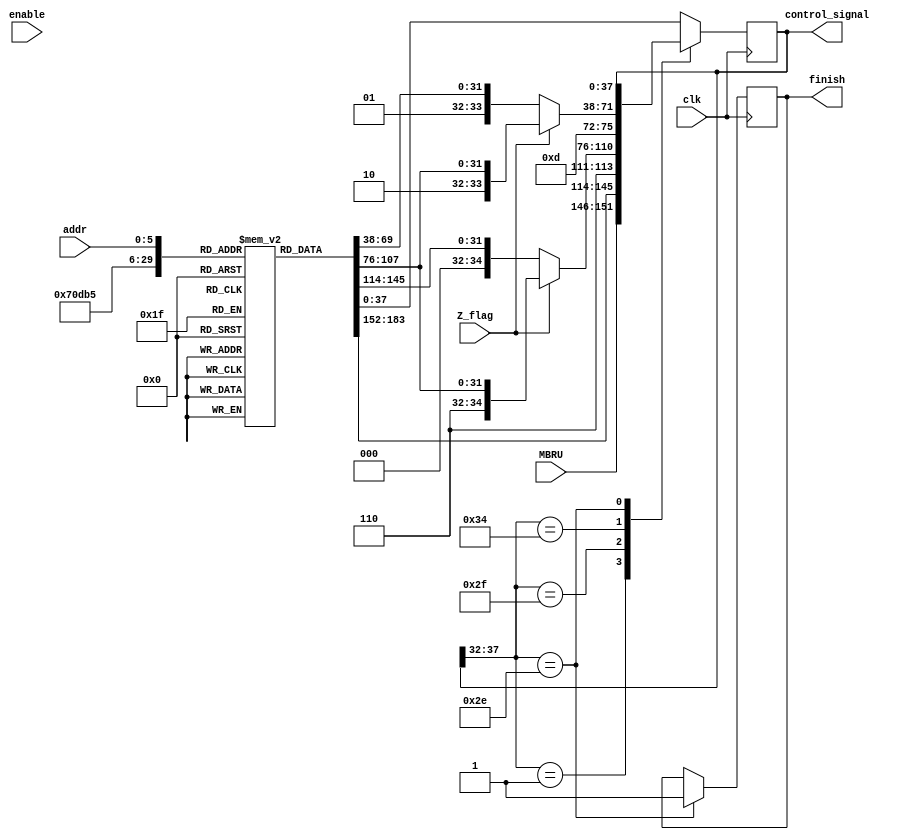
`timescale 1ns / 1ps
module control_unit(
	input clk,
	input enable,
	input Z_flag,
	input [5:0] addr,
	input [5:0] MBRU,
	output reg [37:0] control_signal,
	output finish
);

reg start = 1'b0;

reg [37:0] ROM[0:65];

reg check = 1'b0;


assign finish = check ;

// parameters
parameter FETCH2 = 6'd1;

parameter JUMPNZ = 6'd47;
parameter JUMPZ = 6'd52;

parameter JMPNZ1 = 6'd48;
parameter JMPNZY1 = 6'd49;

parameter JMPZN1 = 6'd53;
parameter JMPZY1 = 6'd54;
parameter JMPZY2 = 6'd55;

parameter NOP = 6'd46;


initial
	begin
		control_signal =38'b000000_0000_0000000000000000000_000_0_00000;
	end


always@ ( posedge enable )
	start = 1'b1;

always@(posedge clk)
	begin
		case(control_signal[37:32])
		FETCH2:
			begin
			control_signal = {MBRU, ROM[FETCH2][31:0]};
			end
		JUMPNZ:
			begin
				if (Z_flag == 1'b0)
					control_signal = {JMPNZ1, ROM[JMPNZ1][31:0]};
				else if (Z_flag == 1'b1)
					control_signal = {JMPZY1, ROM[JMPZY1][31:0]};
			end
		JUMPZ:
			begin
				if (Z_flag == 1'b0)
					control_signal = {JMPZN1, ROM[JMPZN1][31:0]};
				else if (Z_flag == 1'b1)
				 	control_signal = {JMPZY1, ROM[JMPZY1][31:0]};
			end
		
		NOP: 
			check = 1'b1;
	default : control_signal = ROM[addr];
	endcase
end

initial
begin

ROM[0] = 38'b000001_0000_0000000000000000000_100_0_00000; //FETCH1
ROM[1] = 38'bxxxxxx_0000_0000000000000000000_000_1_00000; //FETCH2
ROM[2] = 38'b000000_1001_0000000000000000001_000_0_00000; //CLAC
ROM[3] = 38'b000000_0101_1000000000000000000_000_0_00000; //MVACMAR
ROM[4] = 38'b000101_0000_0000000000000000000_010_0_00000; //LDAC1
//ROM[5] = 38'b000000_0110_0000000000000000001_000_0_00001; //LDAC2

//
ROM[5] = 38'b000000_0110_0000000000000000001_000_0_00001; //LDAC2
//ROM[5] = 38'b000000_0110_0000000000000000001_000_0_00001; //LDAC2

ROM[6] = 38'b000000_0101_0001000000000000000_000_0_00000; //MVACK0
ROM[7] = 38'b000000_0111_0000000000000000001_000_0_00000; //INAC


ROM[8] = 38'b000000_0101_0000000000000000010_000_0_00000; //MVACI
ROM[9] = 38'b000000_0101_0000100000000000000_000_0_00000; //MVACK1
ROM[10] = 38'b000000_0110_0000000000000000001_000_0_10000; //MVIAC
ROM[11] = 38'b000000_0101_0000010000000000000_000_0_00000; //MVACK2
ROM[12] = 38'b000000_0101_0000001000000000000_000_0_00000; //MVACK3
ROM[13] = 38'b000000_0101_0000000100000000000_000_0_00000; //MVACK4
ROM[14] = 38'b000000_0101_0000000010000000000_000_0_00000; //MVACK5
ROM[15] = 38'b000000_0101_0000000001000000000_000_0_00000; //MVACK6
ROM[16] = 38'b000000_0101_0000000000100000000_000_0_00000; //MVACK7
ROM[17] = 38'b000000_0101_0000000000010000000_000_0_00000; //MVACK8
ROM[18] = 38'b000000_0101_0000000000001000000_000_0_00000; //MVACP1
ROM[19] = 38'b000000_0110_0000000000000000010_000_0_10001; //LDII
//
//ROM[19] = 38'b000000_0001_0000000000000001000_000_0_10001; //LDII
//

//ROM[57] = 38'b000000_0101_0000000000000000010_000_0_00000; //LDII    MVACI
ROM[20] = 38'b000000_0101_0000000000000100000_000_0_00000; //MVACP2
//ROM[21] = 38'b000000_0001_0000000000000000001_000_0_10000; //ADDI
//
ROM[21] = 38'b111100_0001_0000000000000000000_000_0_10000; //ADDI
ROM[60] = 38'b000000_0000_0000000000000000001_000_0_00000; //ADDI

ROM[22] = 38'b000000_0101_0000000000000010000_000_0_00000; //MVACP3
ROM[23] = 38'b000000_0110_0000000000000001000_000_0_10001; //LDIDP
ROM[24] = 38'b000000_0101_0000000000000000100_000_0_00000; //MVACCV
ROM[25] = 38'b000000_0110_0000000000000000001_000_0_01011; //MVP1AC
ROM[26] = 38'b000000_0011_0000000000000000001_000_0_00010; //MULK0
ROM[27] = 38'b000000_0110_0000000000000000001_000_0_01100; //MVP2AC
ROM[28] = 38'b000000_0011_0000000000000000001_000_0_00101; //MULK3
//
ROM[29] = 38'b111101_0000_0000000000000000000_000_0_01111; //ADDCV

ROM[61] = 38'b000000_0001_0000000000000000001_000_0_00000; //ADDCV
//
ROM[30] = 38'b000000_0011_0000000000000000001_000_0_01000; //MULK6
ROM[31] = 38'b000000_0011_0000000000000000001_000_0_00011; //MULK1
ROM[32] = 38'b000000_0011_0000000000000000001_000_0_00110; //MULK4
ROM[33] = 38'b000000_0110_0000000000000000001_000_0_01101; //MVP3AC
ROM[34] = 38'b000000_0011_0000000000000000001_000_0_01001; //MULK7
//ROM[35] = 38'b000000_0011_0000000000000000001_000_0_00100; //MULK2
//
ROM[35] = 38'b111110_0000_0000000000000000000_000_0_00100; //MULK2
ROM[62] = 38'b111111_0011_0000000000000000000_000_0_00100; //MULK2
ROM[63] = 38'b000000_0000_0000000000000000001_000_0_00100; //MULK2

ROM[36] = 38'b000000_0011_0000000000000000001_000_0_00111; //MULK5
ROM[37] = 38'b000000_0011_0000000000000000001_000_0_01010; //MULK8
ROM[38] = 38'b000000_0110_0000000000000000001_000_0_01110; //MVDPAC
ROM[39] = 38'b000000_0110_0000000000000000001_000_0_01111; //MVCVAC
ROM[40] = 38'b000000_0100_0000000000000000001_000_0_00000; //MOD30
ROM[41] = 38'b101010_0101_0100000000000000000_000_0_00000; //STAC1
ROM[42] = 38'b000000_0000_0000000000000000000_001_0_00001; //STAC2 // check again
ROM[43] = 38'b000000_0110_0000000000000000010_000_0_10001; //MVII
//ROM[44] = 38'b000000_0010_0000000000000000001_000_0_10000; //SUBI
//ROM[44] = 38'b111010_0000_0000000000000000000_000_0_10000; //SUBI
//
ROM[44] = 38'b111010_0010_0000000000000000000_000_0_10000; //SUBI
ROM[58] = 38'b000000_0000_0000000000000000001_000_0_00000; //SUBI

ROM[45] = 38'b000000_0101_0000000000000001000_000_0_00000; //MVACDP
ROM[46] = 38'b000000_0000_0000000000000000000_000_0_00000; //NOP
ROM[47] = 38'bxxxxxx_0000_0000000000000000000_000_0_00000; //JUMPNZ
ROM[48] = 38'b000000_0000_0000000000000000000_000_0_00000; //JMPNZN1 Z = 0
//ROM[49] = 38'b110010_0110_0000000000000000001_100_0_10001; //JMPNZY1 Z = 1
//ROM[49] = 38'b111001_0000_0000000000000000000_000_0_10001; //JMPNZY1 Z = 1
ROM[49] = 38'b000000_0110_0000000000000000001_000_0_10001; //JMPNZY1 Z = 1


ROM[50] = 38'b110011_0101_0010000000000000001_000_0_00000; //JMPNZY2
ROM[51] = 38'b000000_0000_0000000000000000001_000_0_00000; //JMPNZY3
ROM[52] = 38'bxxxxxx_0000_0000000000000000000_000_0_00000; //JUMPZ
ROM[53] = 38'b000000_0000_0000000000000000000_000_0_00000; //JMPZN1 Z = 0
//ROM[54] = 38'b110111_0110_0000000000000000001_100_0_10001; //JMPZY1 Z = 1
 
// - ROM[54] = 38'b000000_0110_0000000000000000001_000_0_10001; //JMPZY1 Z = 1
ROM[54] = 38'b110111_0110_0000000000000000001_000_0_10001; //JMPZY1 Z = 1

ROM[55] = 38'b111000_0101_0010000000000000000_000_0_00000; //JMPZY2
ROM[56] = 38'b111001_0000_0000000000000000000_000_0_00000; //JMPZY2
ROM[57] = 38'b000000_1001_0000000000000000001_000_0_00000; //JMPZY2
ROM[59] = 38'b000000_1000_0000000000000000001_000_0_00000; //DECAC
//ROM[57] = 38'b111010_0110_0000000000000000000_000_0_00000; //LDII2
//ROM[58] = 38'b110010_0000_0000000000000000001_100_0_00000; //LDII2
//sim:/Processor/z_flag sim:/Processor/test_ram_out sim:/Processor/P3_bus sim:/Processor/P2_bus sim:/Processor/P1_bus sim:/Processor/mdr_out sim:/Processor/mbru_out sim:/Processor/mar_out sim:/Processor/K8_bus sim:/Processor/K7_bus sim:/Processor/K6_bus sim:/Processor/K5_bus sim:/Processor/K4_bus sim:/Processor/K3_bus sim:/Processor/K2_bus sim:/Processor/K1_bus sim:/Processor/K0_bus sim:/Processor/instruction_out_memory sim:/Processor/instruction_out_MBRU sim:/Processor/instruction_address sim:/Processor/I_bus sim:/Processor/en sim:/Processor/DRam_out sim:/Processor/DP_bus sim:/Processor/data_addr sim:/Processor/CV_bus sim:/Processor/control_signals sim:/Processor/complete sim:/Processor/clk_div_alu sim:/Processor/clk_div sim:/Processor/clk sim:/Processor/C_bus sim:/Processor/B_bus sim:/Processor/A_bus 
//ROM[59] = 38'b110111_0110_0000000000000000001_100_0_00000; //LDII2
end

endmodule